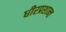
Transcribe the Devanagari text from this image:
धीरप्रशान्त